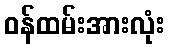
ဝန်ထမ်းအားလုံး